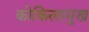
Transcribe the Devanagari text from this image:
कोकिलामुख